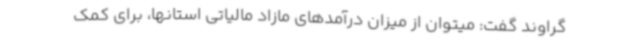
گراوند گفت: میتوان از میزان درآمدهای مازاد مالیاتی استانها، برای کمک